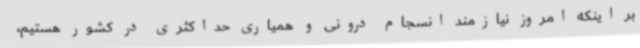
بر اینکه امروز نیازمند انسجام درونی و همیاری حداکثری در کشور هستیم،